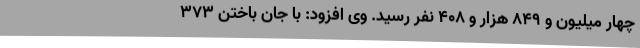
چهار میلیون و ۸۴۹ هزار و ۴۰۸ نفر رسید. وی افزود: با جان باختن ۳۷۳